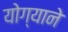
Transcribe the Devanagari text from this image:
योग्याने